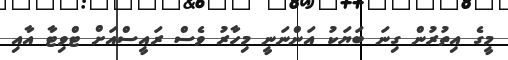
މީގެ އިތުރުން ގިނަ ބަޔަކު އަންނަނީ މިހާރު ވެސް ރައީސްއަށް ޓްވިޓާ އާއި